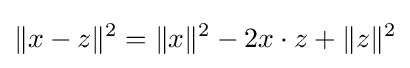
\|x-z\|^{2}=\|x\|^{2}-2x\cdot z+\|z\|^{2}